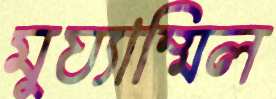
মুয্যাম্মিল